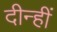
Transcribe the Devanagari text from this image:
दीन्‍हीं